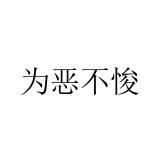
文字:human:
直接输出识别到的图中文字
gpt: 为恶不悛